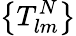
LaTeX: \left\{ T_{lm}^{N}\right\}